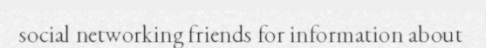
social networking friends for information about